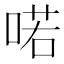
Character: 喏